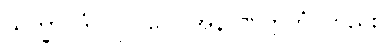
သိက္ခာပဒံ၊ ကို) ပေ။ အနာဏတ္တိကံ၊ တည်း၊